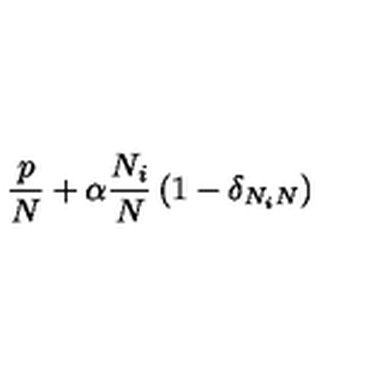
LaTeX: \frac { p } { N } + \alpha \frac { N _ { i } } { N } \left( 1 - \delta _ { N _ { i } N } \right) \,